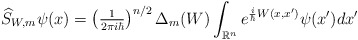
\begin{align*}\widehat{S}_{W,m}\psi(x)=\left( \tfrac{1}{2\pi i\hbar}\right) ^{n/2}\Delta_{m}(W)\int_{\mathbb{R}^{n}}e^{\frac{i}{\hbar}W(x,x^{\prime})}\psi(x^{\prime})dx^{\prime} \end{align*}